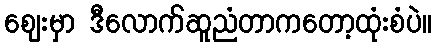
ဈေးမှာ ဒီလောက်ဆူညံတာကတော့ထုံးစံပဲ။